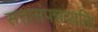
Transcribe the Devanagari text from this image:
सत्तासंपन्नव्यक्ति